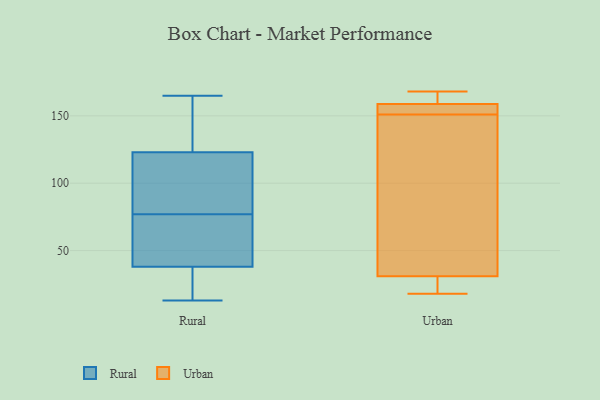
{"axis": {"x": "Website Visitors", "y": "Value"}, "legend": ["Rural", "Urban"], "data": [{"x": "", "y": 125, "type": "Rural"}, {"x": "", "y": 53, "type": "Rural"}, {"x": "", "y": 76, "type": "Rural"}, {"x": "", "y": 13, "type": "Rural"}, {"x": "", "y": 165, "type": "Rural"}, {"x": "", "y": 31, "type": "Rural"}, {"x": "", "y": 128, "type": "Rural"}, {"x": "", "y": 111, "type": "Rural"}, {"x": "", "y": 121, "type": "Rural"}, {"x": "", "y": 33, "type": "Rural"}, {"x": "", "y": 120, "type": "Rural"}, {"x": "", "y": 36, "type": "Rural"}, {"x": "", "y": 78, "type": "Rural"}, {"x": "", "y": 54, "type": "Rural"}, {"x": "", "y": 125, "type": "Rural"}, {"x": "", "y": 40, "type": "Rural"}, {"x": "", "y": 163, "type": "Urban"}, {"x": "", "y": 125, "type": "Urban"}, {"x": "", "y": 18, "type": "Urban"}, {"x": "", "y": 29, "type": "Urban"}, {"x": "", "y": 37, "type": "Urban"}, {"x": "", "y": 155, "type": "Urban"}, {"x": "", "y": 151, "type": "Urban"}, {"x": "", "y": 28, "type": "Urban"}, {"x": "", "y": 158, "type": "Urban"}, {"x": "", "y": 168, "type": "Urban"}, {"x": "", "y": 159, "type": "Urban"}]}